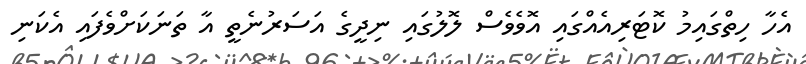
އެހާ ހިތްގައިމު ކޮޓަރިއެއްގައި އޮވެވެސް ލޮލުގައި ނިދީގެ އަސަރުނެތީ އާ ތަނަކަށްވެފައި އެކަނި